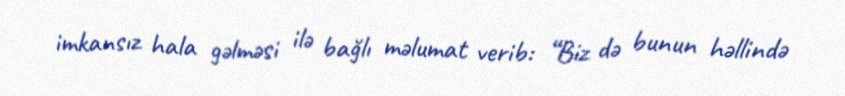
imkansız hala gəlməsi ilə bağlı məlumat verib: “Biz də bunun həllində